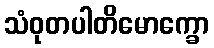
သံဝုတပါတိမောက္ခော